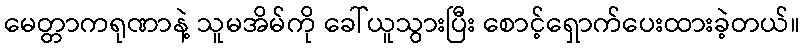
မေတ္တာကရုဏာနဲ့ သူမအိမ်ကို ခေါ်ယူသွားပြီး စောင့်ရှောက်ပေးထားခဲ့တယ်။